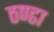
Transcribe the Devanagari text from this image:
ठण्ढा